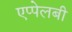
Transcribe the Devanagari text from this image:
एप्पेलबी